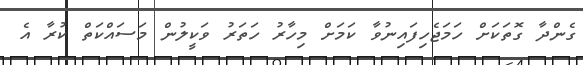
ގެންދާ ގޮތަކަށް ހަމަޖެހިފައިނުވާ ކަމަށް މިހާރު ހަތަރު ވަކީލުން މަސައްކަތް ކުރާ އެ